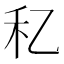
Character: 𥝎